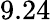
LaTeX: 9.24